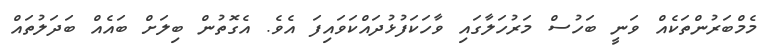
މެމްބަރުންތަކެއް ވަނީ ބަހުސް މަރުހަލާގައި ވާހަކަފުޅުދައްކަވައިފަ އެވެ. އެގޮތުން ބިލަށް ބައެއް ބަދަލުތައް